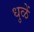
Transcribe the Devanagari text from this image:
धुळें